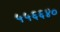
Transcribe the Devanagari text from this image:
५५६६४०